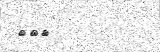
١٣٥